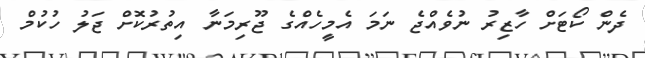
ދެން ކޯޓަށް ހާޒިރު ނުވެއްޖެ ނަމަ އެމީހެއްގެ ޖޫރިމަނާ އިތުރުކޮށް ޖަލު ހުކުމް